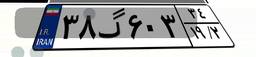
۰۳گ۰۱۹۰۶